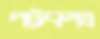
পট্টবস্ত্র